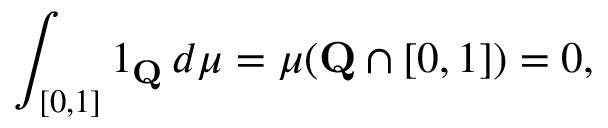
\int _ { [ 0 , 1 ] } 1 _ { \mathbf { Q } } \, d \mu = \mu ( \mathbf { Q } \cap [ 0 , 1 ] ) = 0 ,